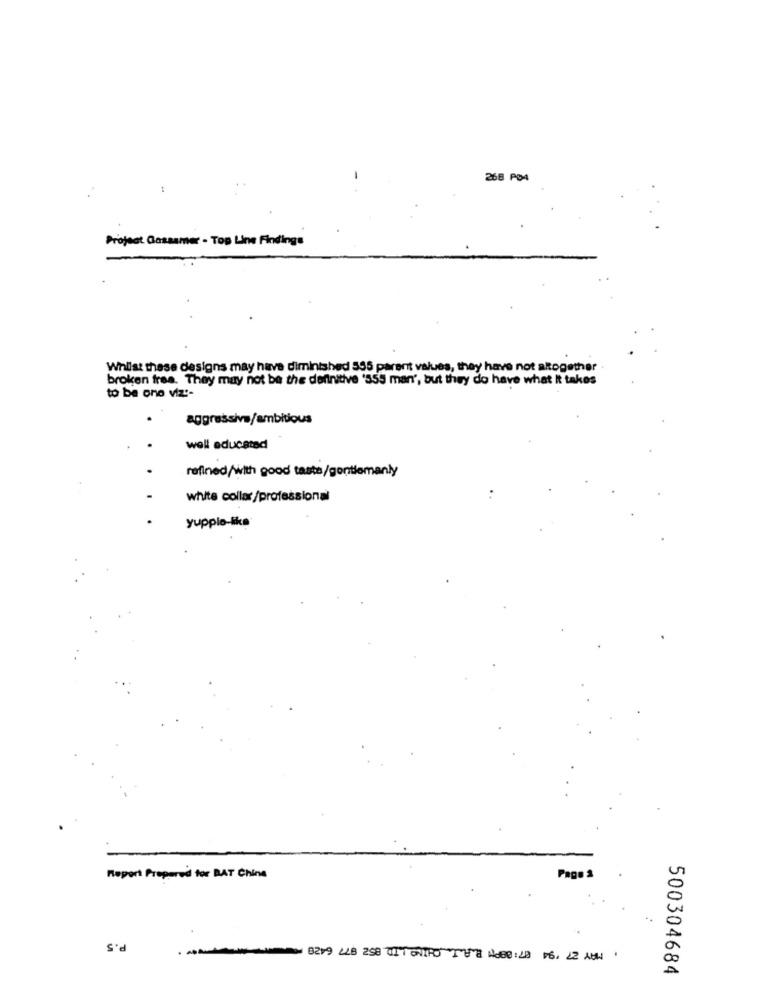
268 PO4
Project Gossamer - Top Line Findings
Whilst these designs may have diminished 555 parent values, they have not atogether
broken frea. They may not be the definitive '555 man', but they do have what it takes
to be one viz :-
.
aggressiva/ambitious
well educated
refined/with good taste/gentlemanly
white collar/professional
.
yupplo-like
Report Prepared for BAT Chine
Page 3
P.5
. MAMAN 6219 LLB 258 211 UNIPO TUTE HOE0:48 VS. 22 AUH"
500304684